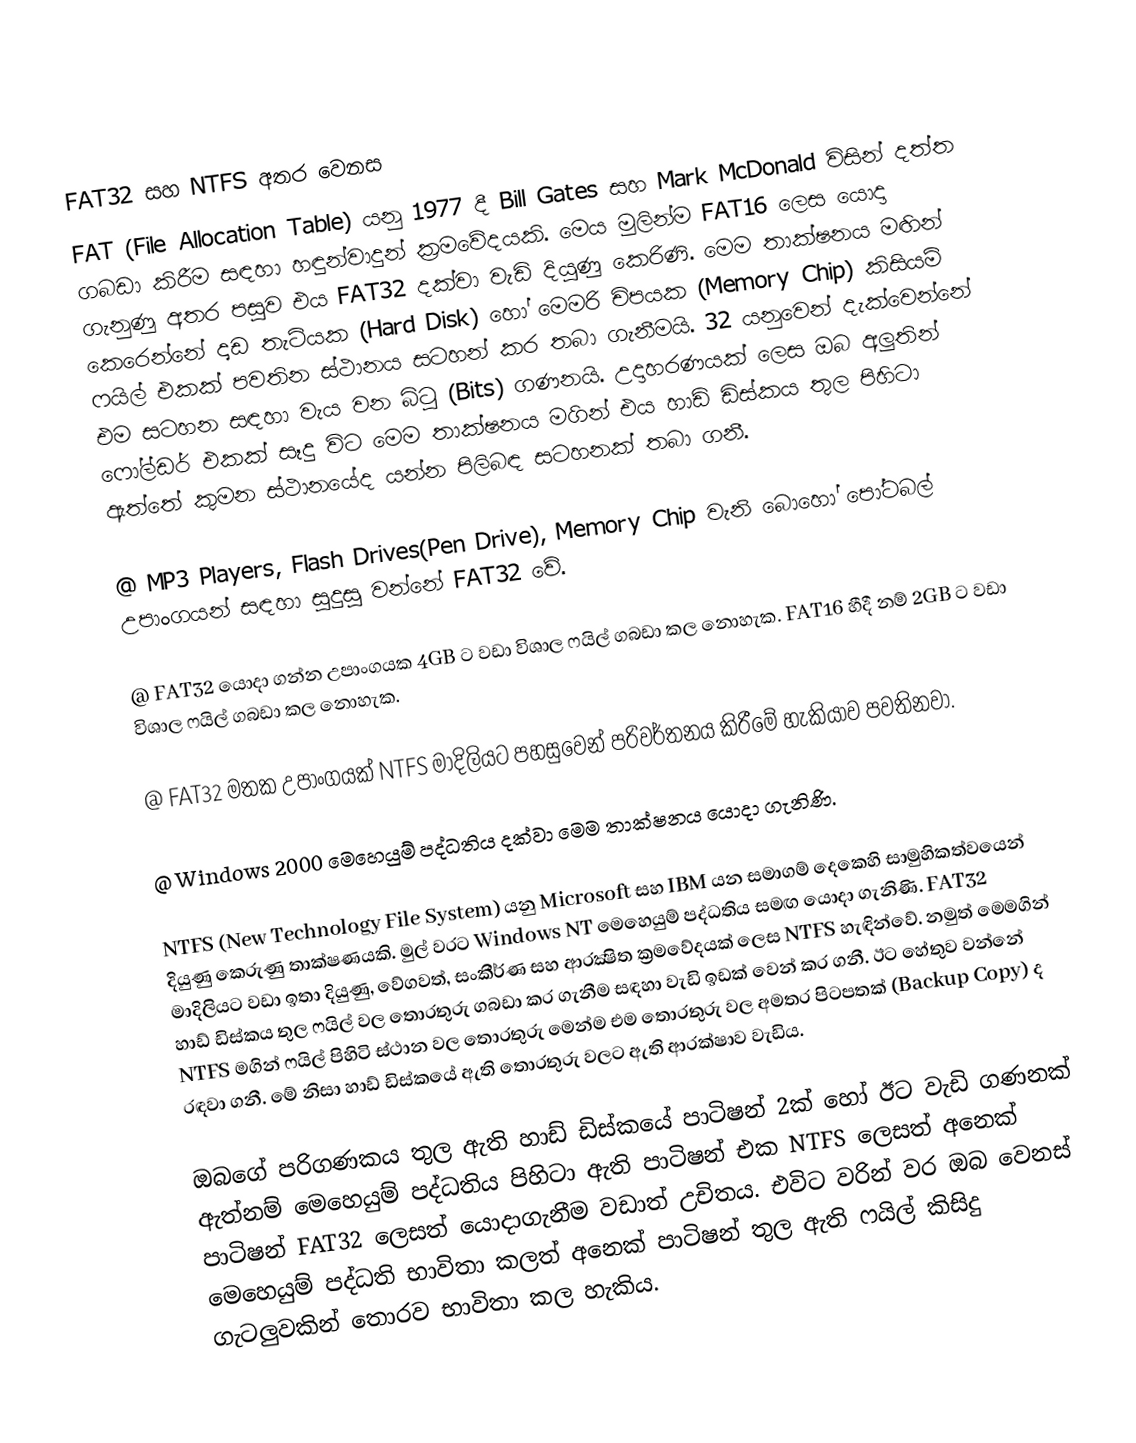

FAT32 සහ NTFS අතර වෙනස
FAT (File Allocation Table) යනු 1977 දී Bill Gates සහ Mark McDonald විසින් දත්ත ගබඩා කිරීම සඳහා හඳුන්වාදුන් ක්‍රමවේදයකි. මෙය මුලින්ම FAT16 ලෙස යොදා ගැනුණු අතර පසුව එය FAT32 දක්වා වැඩි දියුණු කෙරිණි. මෙම තාක්ෂනය මඟින් කෙරෙන්නේ දෘඩ තැටියක (Hard Disk) හෝ මෙමරි චිපයක (Memory Chip) කිසියම් ෆයිල් එකක් පවතින ස්ථානය සටහන් කර තබා ගැනීමයි. 32 යනුවෙන් දැක්වෙන්නේ එම සටහන සඳහා වැය වන බිටු (Bits) ගණනයි. උදාහරණයක් ලෙස ඔබ අලුතින් ෆෝල්ඩර් එකක් සෑදු විට මෙම තාක්ෂනය මගින් එය හාඩ් ඩිස්කය තුල පිහිටා ඇත්තේ කුමන ස්ථානයේද යන්න පිලිබඳ සටහනක් තබා ගනී.

@ MP3 Players, Flash Drives(Pen Drive), Memory Chip වැනි බොහෝ පෝටබල් උපාංගයන් සඳහා සුදුසු වන්නේ FAT32 වේ.

@ FAT32 යොදා ගන්න උපාංගයක 4GB ට වඩා විශාල ෆයිල් ගබඩා කල නොහැක. FAT16 හීදී නම් 2GB ට වඩා විශාල ෆයිල් ගබඩා කල නොහැක.

@ FAT32 මතක උපාංගයක් NTFS මාදිලියට පහසුවෙන් පරිවර්තනය කිරීමේ හැකියාව පවතිනවා.

@ Windows 2000 මෙහෙයුම් පද්ධතිය දක්වා මෙම තාක්ෂනය යොදා ගැනිණි.

NTFS (New Technology File System) යනු Microsoft සහ IBM යන සමාගම් දෙකෙහි සාමුහිකත්වයෙන් දියුණු කෙරුණු තාක්ෂණයකි. මුල් වරට Windows NT මෙහෙයුම් පද්ධතිය සමඟ යොදා ගැනිණි. FAT32 මාදිලියට වඩා ඉතා දියුණු, වේගවත්, සංකීර්ණ සහ ආරක්‍ෂිත ක්‍රමවේදයක් ලෙස NTFS හැඳින්වේ. නමුත් මෙමගින් හාඩ් ඩිස්කය තුල ෆයිල් වල තොරතුරු ගබඩා කර ගැනීම සඳහා වැඩි ඉඩක් වෙන් කර ගනී. ඊට හේතුව වන්නේ NTFS මගින් ෆයිල් පිහිටි ස්ථාන වල තොරතුරු මෙන්ම එම තොරතුරු වල අමතර පිටපතක් (Backup Copy) ද රඳවා ගනී. මේ නිසා හාඩ් ඩිස්කයේ ඇති තොරතුරු වලට ඇති ආරක්ෂාව වැඩිය.

ඔබගේ පරිගණකය තුල ඇති හාඩ් ඩිස්කයේ පාටිෂන් 2ක් හෝ ඊට වැඩි ගණනක් ඇත්නම් මෙහෙයුම් පද්ධතිය පිහිටා ඇති පාටිෂන් එක NTFS ලෙසත් අනෙක් පාටිෂන් FAT32 ලෙසත් යොදාගැනීම වඩාත් උචිතය. එවිට වරින් වර ඔබ වෙනස් මෙහෙයුම් පද්ධති භාවිතා කලත් අනෙක් පාටිෂන් තුල ඇති ෆයිල් කිසිදු ගැටලුවකින් තොරව භාවිතා කල හැකිය.